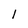
Character: 1